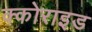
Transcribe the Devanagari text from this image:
क्कोराइड